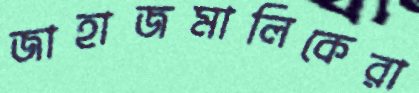
জাহাজমালিকেরা